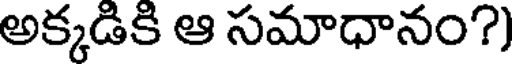
అక్కడికి ఆ సమాధానం?)